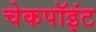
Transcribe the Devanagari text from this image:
चेकपॉइंट